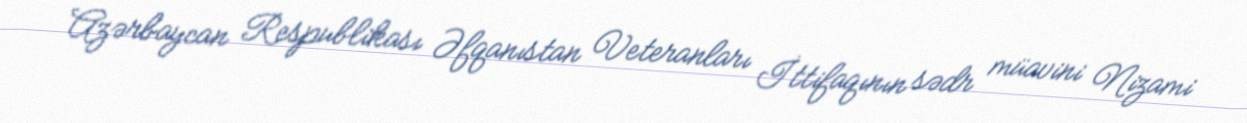
Azərbaycan Respublikası Əfqanıstan Veteranları İttifaqının sədr müavini Nizami